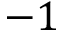
- 1